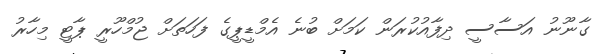
ގާނޫނު އަސާސީ ދިފާއުކުރަން ކަމަށް ބުނެ އެމްޑީޕީގެ ފަހަތަށް ޖުމްހޫރީ ޕާޓީ މިހާރު